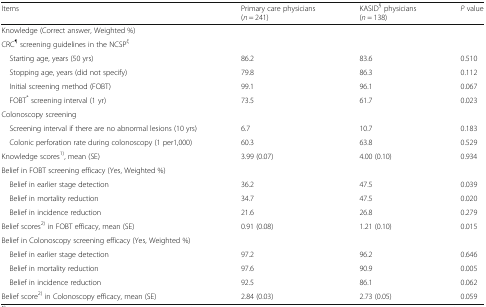
| Items | Primary care physicians(n = 241) | KASID§ physicians(n = 138) | P value |
 | --- | --- | --- | --- |
 | Knowledge (Correct answer, Weighted %) |  |  |  |
 | <COLSPAN=4> CRC¶ screening guidelines in the NCSPξ |
 | Starting age, years (50 yrs) | 86.2 | 83.6 | 0.510 |
 | Stopping age, years (did not specify) | 79.8 | 86.3 | 0.112 |
 | Initial screening method (FOBT) | 99.1 | 96.1 | 0.067 |
 | FOBT* screening interval (1 yr) | 73.5 | 61.7 | 0.023 |
 | <COLSPAN=4> Colonoscopy screening |
 | Screening interval if there are no abnormal lesions (10 yrs) | 6.7 | 10.7 | 0.183 |
 | Colonic perforation rate during colonoscopy (1 per1,000) | 60.3 | 63.8 | 0.529 |
 | Knowledge scores1), mean (SE) | 3.99 (0.07) | 4.00 (0.10) | 0.934 |
 | <COLSPAN=4> Belief in FOBT screening efficacy (Yes, Weighted %) |
 | Belief in earlier stage detection | 36.2 | 47.5 | 0.039 |
 | Belief in mortality reduction | 34.7 | 47.5 | 0.020 |
 | Belief in incidence reduction | 21.6 | 26.8 | 0.279 |
 | Belief scores2) in FOBT efficacy, mean (SE) | 0.91 (0.08) | 1.21 (0.10) | 0.015 |
 | <COLSPAN=4> Belief in Colonoscopy screening efficacy (Yes, Weighted %) |
 | Belief in earlier stage detection | 97.2 | 96.2 | 0.646 |
 | Belief in mortality reduction | 97.6 | 90.9 | 0.005 |
 | Belief in incidence reduction | 92.5 | 86.1 | 0.062 |
 | Belief score2) in Colonoscopy efficacy, mean (SE) | 2.84 (0.03) | 2.73 (0.05) | 0.059 |